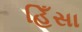
હિઁસા